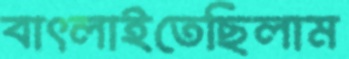
বাৎলাইতেছিলাম